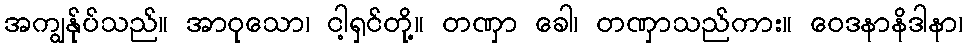
အကျွန်ုပ်သည်။ အာဝုသော၊ ငါ့ရှင်တို့။ တဏှာ ခေါ၊ တဏှာသည်ကား။ ဝေဒနာနိဒါနာ၊